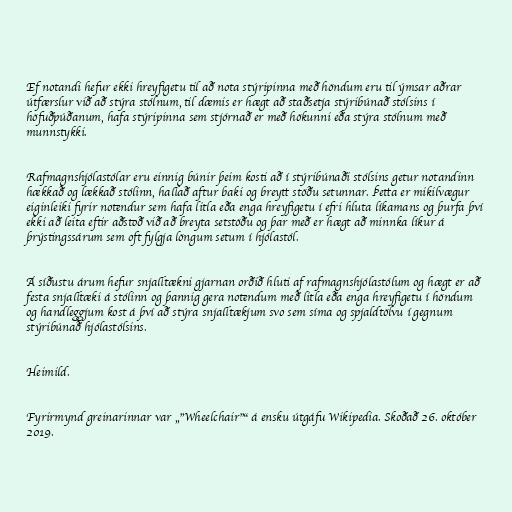
Ef notandi hefur ekki hreyfigetu til að nota stýripinna með höndum eru til ýmsar aðrar
útfærslur við að stýra stólnum, til dæmis er hægt að staðsetja stýribúnað stólsins í
höfuðpúðanum, hafa stýripinna sem stjórnað er með hökunni eða stýra stólnum með
munnstykki.

Rafmagnshjólastólar eru einnig búnir þeim kosti að í stýribúnaði stólsins getur notandinn
hækkað og lækkað stólinn, hallað aftur baki og breytt stöðu setunnar. Þetta er mikilvægur
eiginleiki fyrir notendur sem hafa litla eða enga hreyfigetu í efri hluta líkamans og þurfa því
ekki að leita eftir aðstoð við að breyta setstöðu og þar með er hægt að minnka líkur á
þrýstingssárum sem oft fylgja löngum setum í hjólastól.

Á síðustu árum hefur snjalltækni gjarnan orðið hluti af rafmagnshjólastólum og hægt er að
festa snjalltæki á stólinn og þannig gera notendum með litla eða enga hreyfigetu í höndum
og handleggjum kost á því að stýra snjalltækjum svo sem síma og spjaldtölvu í gegnum
stýribúnað hjólastólsins.

Heimild.

Fyrirmynd greinarinnar var „"Wheelchair"“ á ensku útgáfu Wikipedia. Skoðað 26. október
2019.